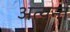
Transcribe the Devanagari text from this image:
अत्य़न्त